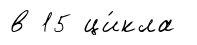
в 15 ци́кла